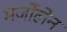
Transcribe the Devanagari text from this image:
मर्जोलेन